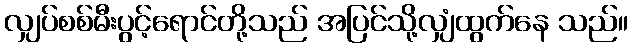
လျှပ်စစ်မီးပွင့်ရောင်တို့သည် အပြင်သို့လျှံထွက်နေ သည်။